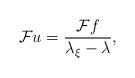
LaTeX: \begin{align*}\mathcal{F}u = \frac{\mathcal{F}f}{\lambda_{\xi}-\lambda},\end{align*}